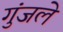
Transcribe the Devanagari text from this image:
गुंजले